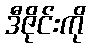
ဒီဇိုင်းကို